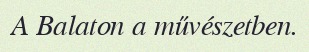
A Balaton a művészetben.